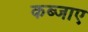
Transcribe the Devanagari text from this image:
कब्जाए